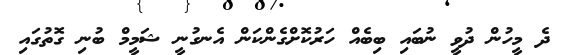
ދެ މީހުން ދުވީ ނުބައި ބިބެއް ހަރުކޮށްގެންކަން އެނގުނީ ޝަމީމް ބުނި ގޮތުގައި